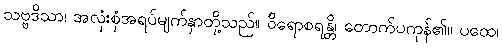
သဗ္ဗဒိသာ၊ အလုံးစုံအရပ်မျက်နှာတို့သည်။ ဝိရောစရန္တိ၊ တောက်ပကုန်၏။ ပထေ၊